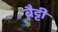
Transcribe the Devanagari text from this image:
बैट्टी